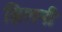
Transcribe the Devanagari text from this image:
झिलनी